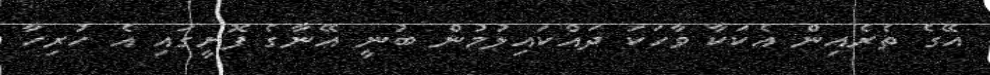
އޭގެ ތެރެއިން އެކަކާ ވާހަކަ ދައްކައިލުމުން ބުނީ އޭނާގެ ފޮށީގައި އެ ހުރިހާ